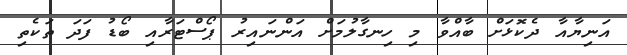
އަނިޔާއާ ދެކޮޅަށް ބާއްވާ މި ހިނގާލުމަށް އަންނައިރު ޕޯސްޓަރާއި ބޯޑު ފަދަ ތަކެތި